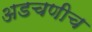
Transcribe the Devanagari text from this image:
अडचणीच